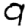
Digit: 9